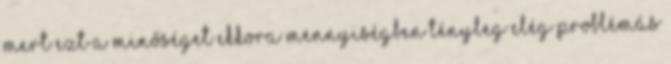
mert ezt a minőséget ekkora mennyiségben tényleg elég problémás